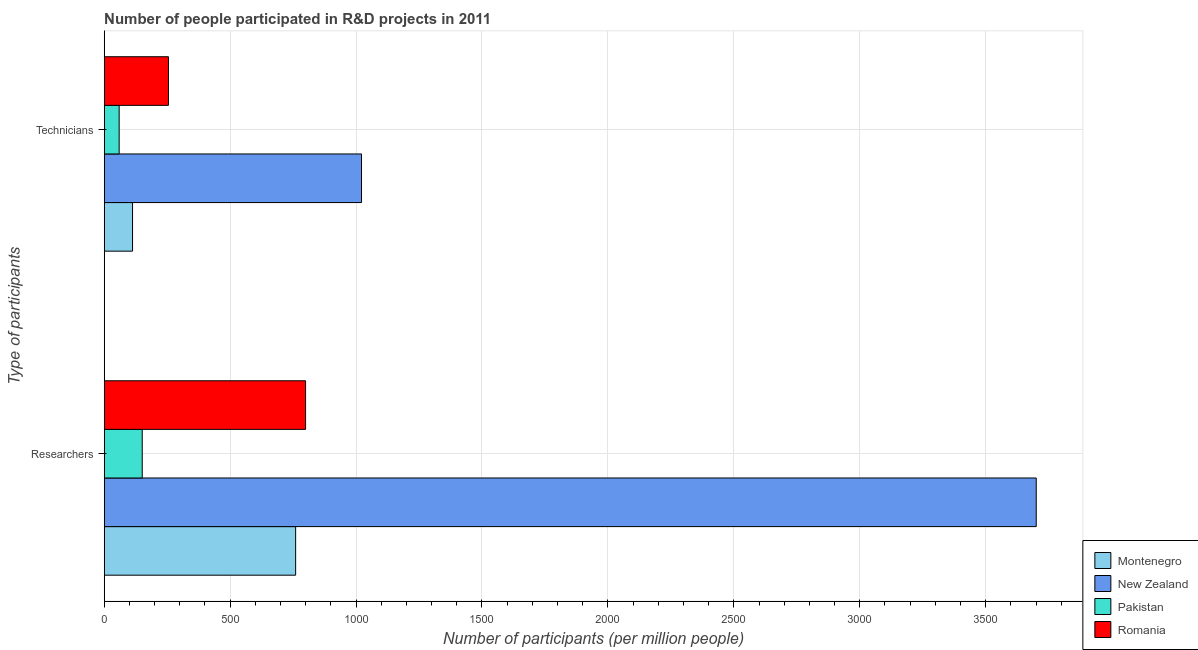
| Type of participants | Montenegro | New Zealand | Pakistan | Romania |
 | --- | --- | --- | --- | --- |
 | Researchers | 760 | 3.7e+03 | 151 | 800 |
 | Technicians | 113 | 1.02e+03 | 59.3 | 255 |